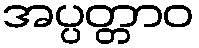
အပ္ပတ္တာဝ